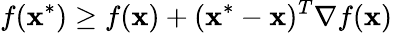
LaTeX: f(\mathbf{x}^{*})\geq f(\mathbf{x})+(\mathbf{x}^{*}-\mathbf{x})^{T}\nabla f(\mathbf{x})